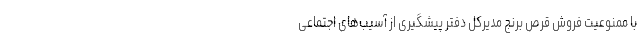
با ممنوعیت فروش قرص برنج مدیرکل دفتر پیشگیری از آسیب‌های اجتماعی